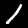
Digit: 1